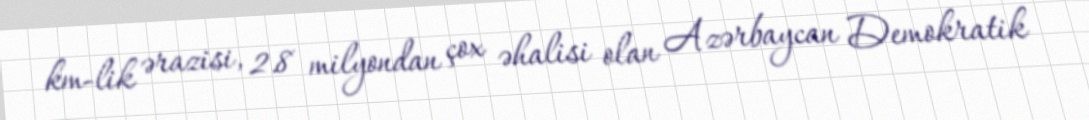
km-lik ərazisi, 2.8 milyondan çox əhalisi olan Azərbaycan Demokratik